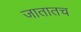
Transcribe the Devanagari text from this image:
जातातच